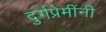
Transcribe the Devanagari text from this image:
दुर्गप्रेमींनी